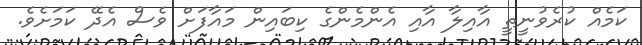
ކަމެއް ކުރެވުނީތީ އާއިލާ އާއި އެންމެންގެ ކިބައިން މައާފަށް ވެސް އެދޭ ކަމަށެވެ.